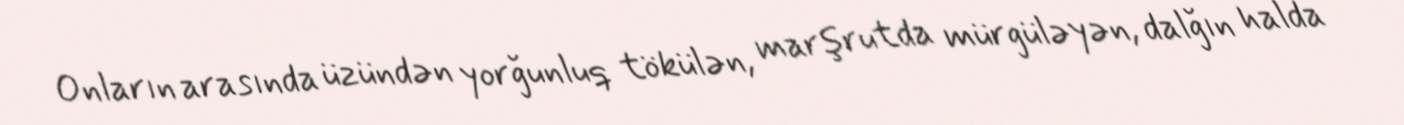
Onların arasında üzündən yorğunluq tökülən, marşrutda mürgüləyən, dalğın halda